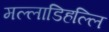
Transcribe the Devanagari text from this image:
मल्‍लाडिहल्‍लि